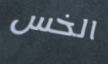
الخس